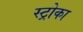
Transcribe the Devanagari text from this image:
स्ट्रोका